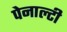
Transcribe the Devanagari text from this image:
पेनाल्‍टी